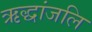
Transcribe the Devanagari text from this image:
ऋद्धांजलि